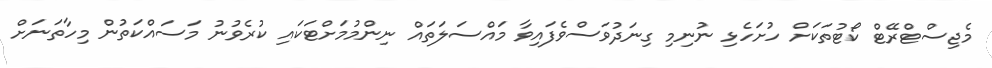
މެޖިސްޓްރޭޓް ކޯޓުތަކަށް ހުށަހެޅި ނުނިމި ގިނަދުވަސްވެފައިވާ މައްސަލަތައް ނިންމުމަށްޓަކައި ކުރެވުނު މަސައްކަތުން މިހާތަނަށް